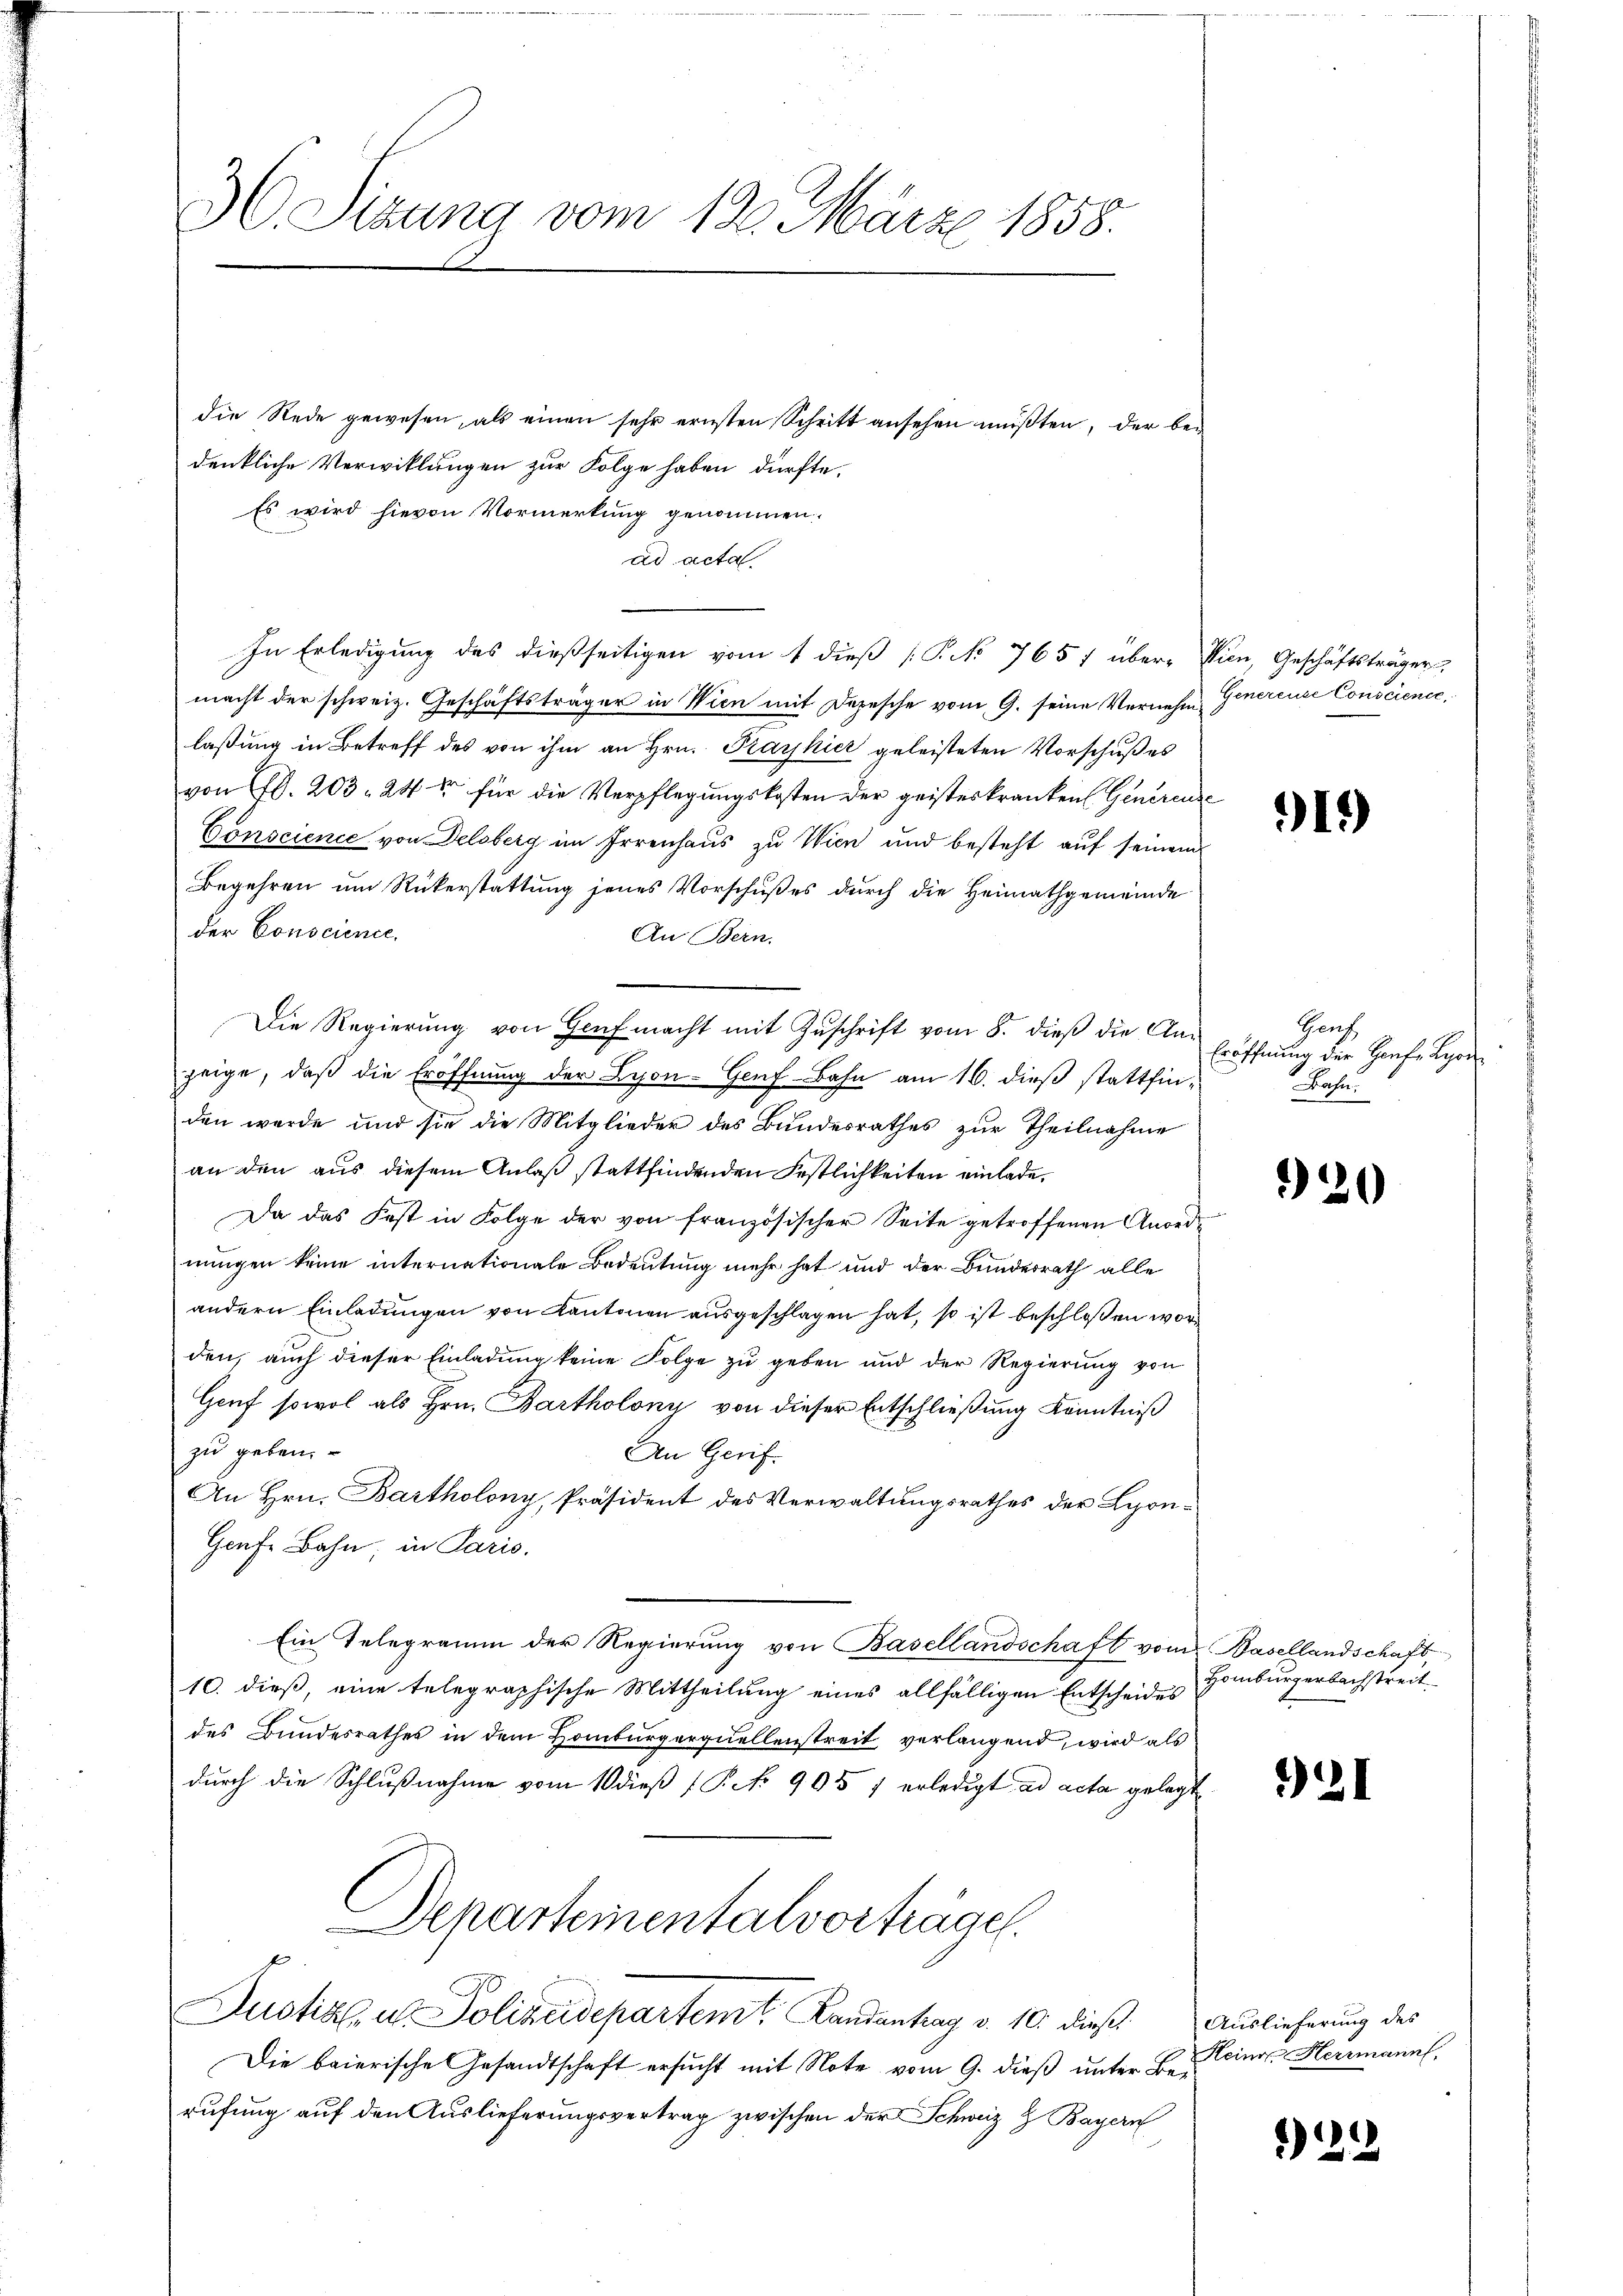
36. Sitzung vom 12. März 1858.

die Rede gewesen, als einen sehr ernsten Schritt ansehen müßten, der bedenkliche Verwicklungen zur Folge haben dürfte.
Es wird hievon Vormerkung genommen.
ad acta.
In Erledigung des dießseitigen vom 1 dieß P. No 7657 über-Wien, Geschäftsträger
macht der schweiz. Geschäftsträger in Wien mit Depesche vom 9. seine Vernehm Generence Consciencolaßung in Betreff des von ihm an Hrn. Kaykier geleisteten Vorschußes
von d. 203 24 xr für die Verpflegungskosten der geisterkranken (Generen
Conscience von Delsberg im Irrenhaus zu Wien und besteht auf seinem
Begehren um Rükerstattung jenes Vorschußes durch die Heimathgemeinde
der Conscience.
An Bern.
Die Regierung von Genf macht mit Zuschrift vom 8. dieß die Anzeige, daß die Eröffnung der Lyon-Gerf-Bahn am 16. dieß stattfinden werde und sie die Mitglieder des Bŭndesrathes zŭr Theilnahme
an den aus diesem Anlaß stattfindenden Festlichkeiten einlade.
Da das Fast in Folge der von französischer Seite getroffenen Anordnungen keine internationale Bedeutung mehr hat und der Bundesrath alle
andern Einladungen von Kantonen ausgeschlagen hat, so ist beschloßen word
den, auch dieser Einladung keine Folge zu geben und der Regierung von
Genf sowol als Hrn. Bartholony von dieser Entschließung Kenntniß
zu geben.
An Gerif
An Hrn. Bartholony, Präsident des Verwaltungsrathes der Lyon¬
Grafe Bahn, in Paris.
Ein Telegramm der Regierung von Basellandschaft vom Basellandschaft,
10. dieß, eine telegraphische Mittheilung eines allfälligen Entscheides
des Bundesrathes in dem Homburgerquellenstreit verlangend, wird als
durch die Schlußnahme vom 10 dieß (P. No 905 7 erledigt ad acta gelegt
Departementalvorträge.
Justiz, u. Polizeidepartemt Landantrag v. 10. dieß. Auslieferung des
Die baierische Gesandtschaft ersucht mit Note vom 9. dieß unter Berufung auf den Auslieferungsvertrag zwischen der Schweiz Z Bayern

919)

Gruf
Eröffnung der Hoefe Lyon
Kochen

120

Homburgerbachstreit

21

Heiner Herrmann,

29